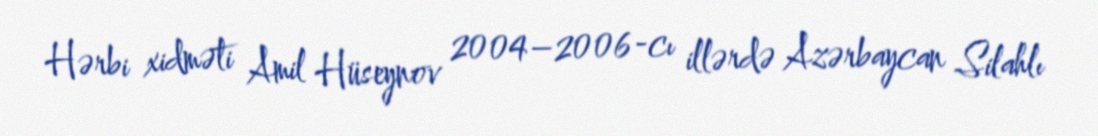
Hərbi xidməti Amil Hüseynov 2004–2006-cı illərdə Azərbaycan Silahlı